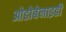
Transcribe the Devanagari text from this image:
ओडोबेनाइडी